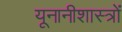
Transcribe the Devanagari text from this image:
यूनानीशास्त्रों